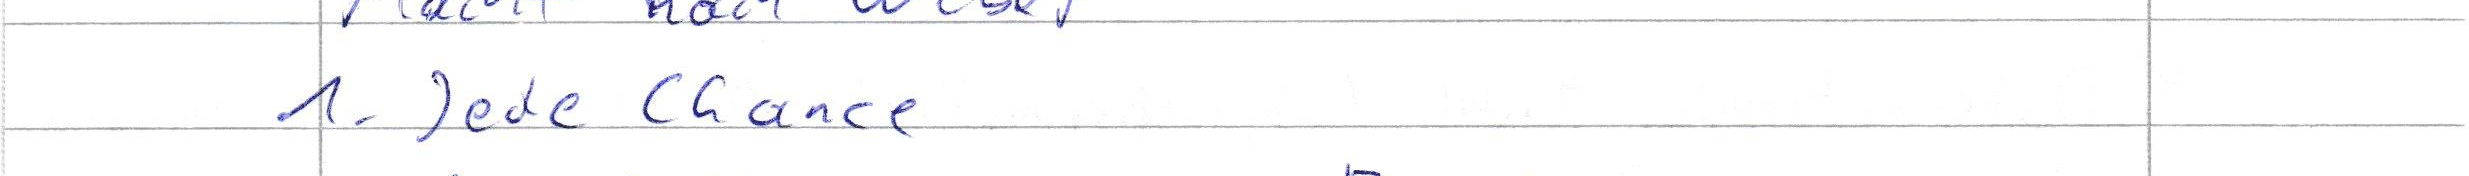
1. Jede Chance